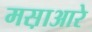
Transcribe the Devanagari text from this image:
मस़ाआरे